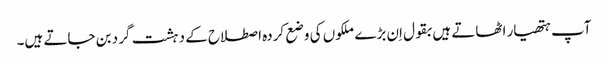
آپ ہتھیار اٹھاتے ہیں بقول اِن بڑے ملکوں کی وضع کردہ اصطلاح کے دہشت گرد بن جاتے ہیں۔